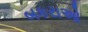
બકરાઓ